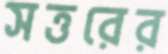
সত্তরের